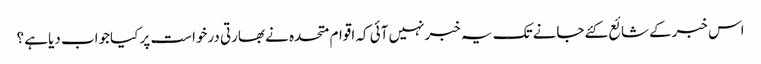
اس خبرکےشائع کئےجانےتک یہ خبرنہیں آئی کہ اقوام متحدہ نےبھارتی درخواست پر کیاجواب دیاہے ؟